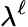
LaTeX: \lambda^{\ell}